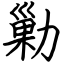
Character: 勦